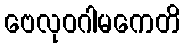
ဗေလုဝဂါမကေတိ